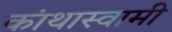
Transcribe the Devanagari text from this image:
कांथास्वामी